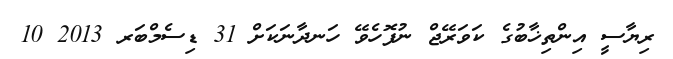
ރިޔާސީ އިންތިޚާބުގެ ކަވަރޭޖް ނުފޮހެވޭ ހަނދާނަކަށް 31 ޑިސެމްބަރ 2013 10